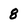
Character: 8